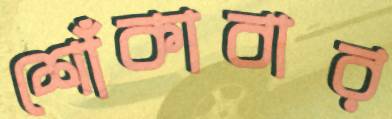
শোঁকাবার